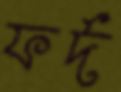
ফর্দ